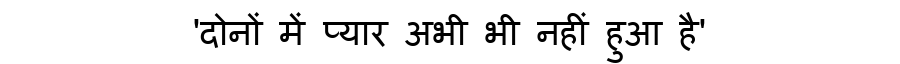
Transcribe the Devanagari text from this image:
'दोनों में प्यार अभी भी नहीं हुआ है'